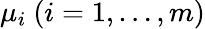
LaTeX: \mu_{i}\ (i=1,\ldots,m)